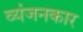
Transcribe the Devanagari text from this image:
व्यंजनकार